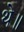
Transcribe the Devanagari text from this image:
थे॥